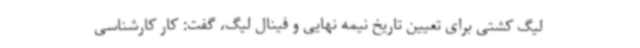
لیگ کشتی برای تعیین تاریخ نیمه نهایی و فینال لیگ، گفت: کار کارشناسی